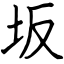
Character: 坂